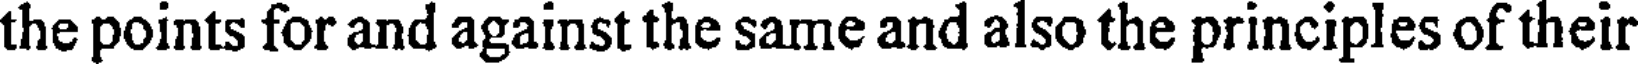
the points for and against the same and also the principles of their